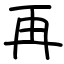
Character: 再